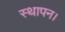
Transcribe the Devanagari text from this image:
स्थापन।